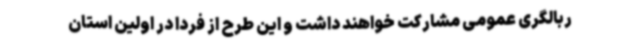
ربالگری عمومی مشارکت خواهند داشت و این طرح از فردا در اولین استان